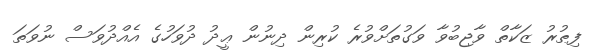
ފިޠުރު ޒަކާތް ވާޖިބުވާ ވަގުތަށްވުރެ ކުރިން ދިނުން ޢީދު ދުވަހުގެ އެއްދުވަސް ނުވަތަ